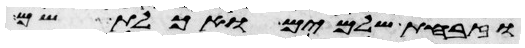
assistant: וזבחת שלמים ואכלת שם